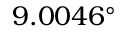
9 . 0 0 4 6 ^ { \circ }